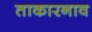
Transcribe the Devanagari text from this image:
ताकारनाव